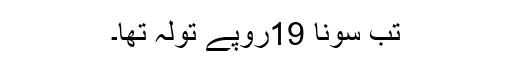
تب سونا 19روپے تولہ تھا۔